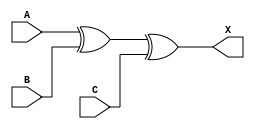
module sky130_fd_sc_ls__xor3 (
    X,
    A,
    B,
    C
);

    // Module ports
    output X;
    input  A;
    input  B;
    input  C;

    // Local signals
    wire xor0_out_X;

    //  Name  Output      Other arguments
    xor xor0 (xor0_out_X, A, B, C        );
    buf buf0 (X         , xor0_out_X     );

endmodule